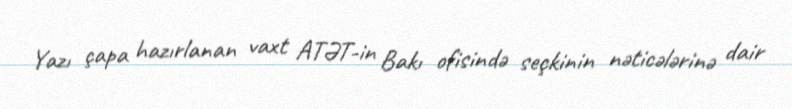
Yazı çapa hazırlanan vaxt ATƏT-in Bakı ofisində seçkinin nəticələrinə dair